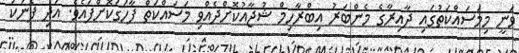
ވަނީ މިމަސައްކަތުގައި ދާއިރާގެ މެންބަރު އިބްރާހިމް ޝުޖާއުކޮށްދެއްވި މަސައްކަތް ފާހަގަކޮށްފައެވެ. އަދި ފެނަކަ